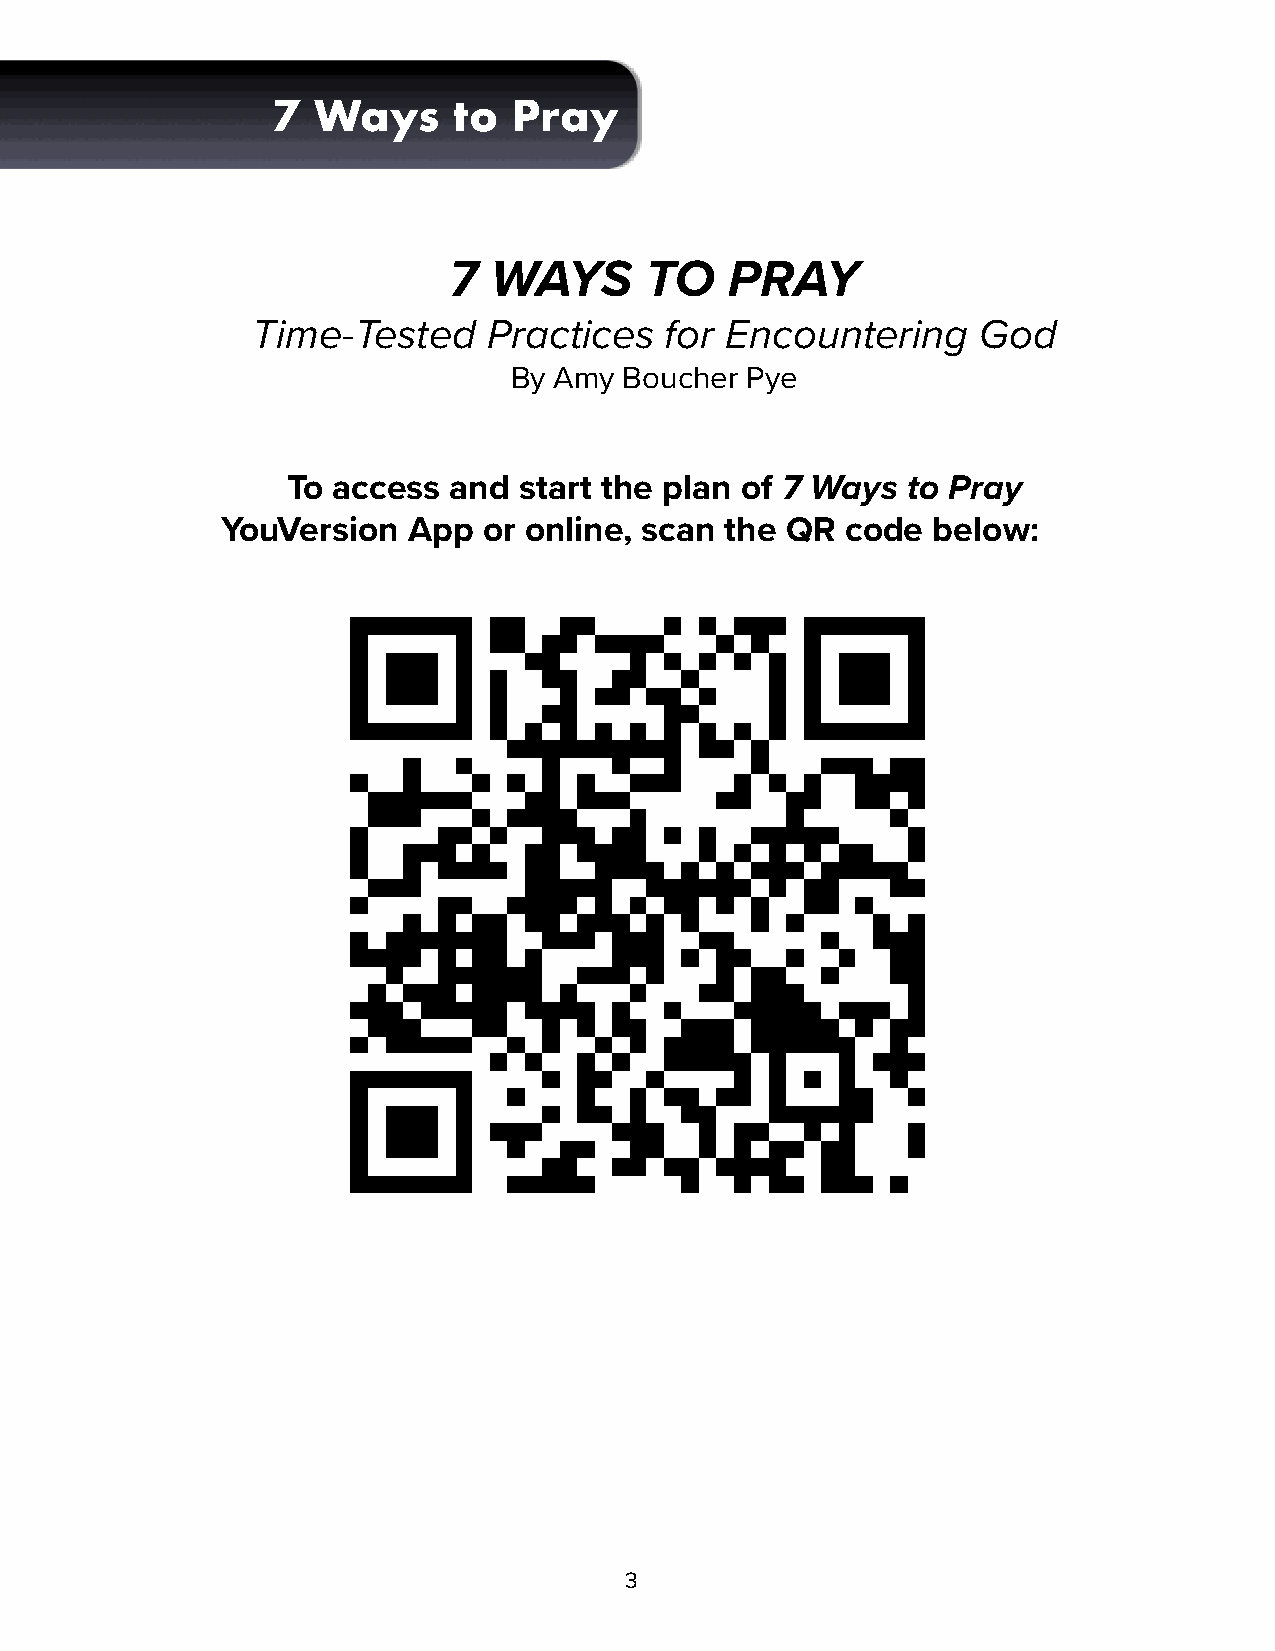
7  Ways     to  Pray
 7 WAYS       TO   PRAY
 Time-Tested    Practices   for Encountering     God
 By Amy Boucher Pye
 To access  and start the plan of 7 Ways  to Pray
 YouVersion  App  or online, scan the QR  code  below:
 3